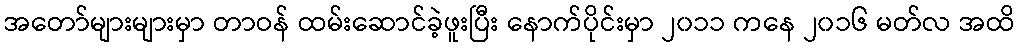
အတော်များများမှာ တာဝန် ထမ်းဆောင်ခဲ့ဖူးပြီး နောက်ပိုင်းမှာ ၂၀၁၁ ကနေ ၂၀၁၆ မတ်လ အထိ